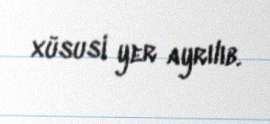
xüsusi yer ayrılıb.